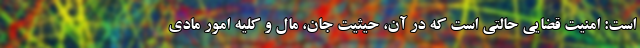
است: امنیت قضایی حالتی است که در آن، حیثیت جان، مال و کلیه امور مادی